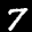
Label: 7